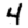
Digit: 4